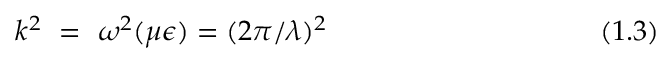
k ^ { 2 } ~ = ~ \omega ^ { 2 } ( \mu \epsilon ) = ( 2 \pi / \lambda ) ^ { 2 } ~ ~ ~ ~ ~ ~ ~ ~ ~ ~ ~ ~ ~ ~ ~ ~ ~ ~ ~ ~ ~ ~ ~ ~ ~ ~ ~ ~ ~ ( 1 . 3 )